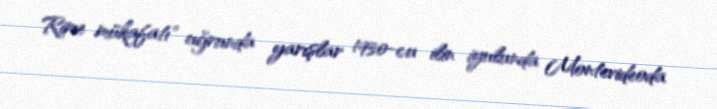
Rime mükafatı" uğrunda yarışlar 1930-cu ilin iyulunda Montevideoda